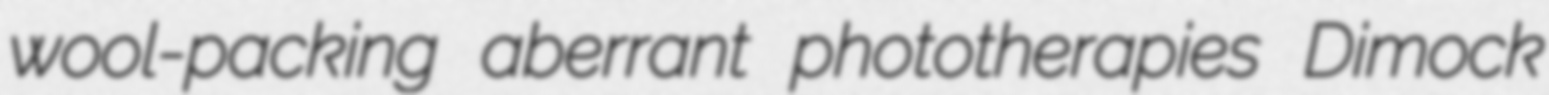
wool-packing aberrant phototherapies Dimock